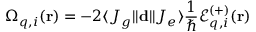
\Omega _ { q , i } ( \mathbf { r } ) = - 2 \langle J _ { g } | | \mathbf { d } | | J _ { e } \rangle \frac { 1 } { \hbar } \mathcal { E } _ { q , i } ^ { ( + ) } ( \mathbf { r } )